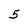
Character: 5